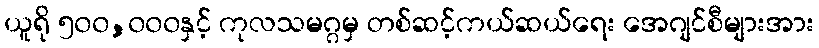
ယူရို ၅၀၀,၀၀၀နှင့် ကုလသမဂ္ဂမှ တစ်ဆင့်ကယ်ဆယ်ရေး အေဂျင်စီများအား